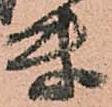
付